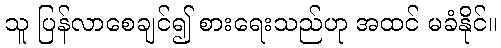
သူ ပြန်လာစေချင်၍ စားရေးသည်ဟု အထင် မခံနိုင်။